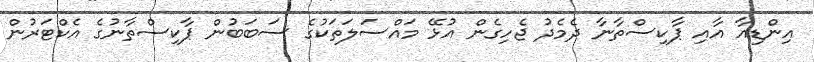
އިންޑިއާ އާއި ޕާކިސްތާނާ ދެމެދު ޖެހިގެން އުޅޭ މައްސަލަތަކުގެ ސަބަބުން ޕާކިސްތާނުގެ އެކްޓަރުން